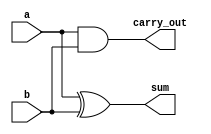
module halfadder(sum, carry_out, a, b);
input  a, b;
output sum, carry_out;

xor sum_of_digits(sum, a, b);
and carry_of_sum(carry_out, a, b);

endmodule